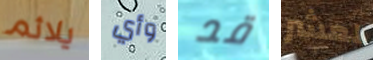
يلائم وأي قد لعشر